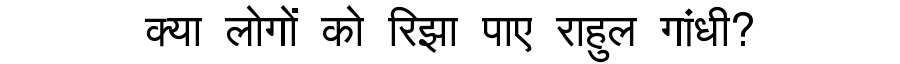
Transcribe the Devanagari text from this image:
क्या लोगों को रिझा पाए राहुल गांधी?